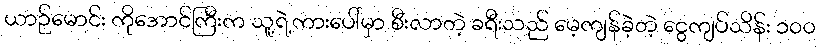
ယာဉ်မောင်း ကိုအောင်ကြီးက သူ့ရဲ့ကားပေါ်မှာ စီးလာတဲ့ ခရီးသည် မေ့ကျန်ခဲ့တဲ့ ငွေကျပ်သိန်း ၁၀၀